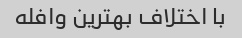
با اختلاف بهترین وافله